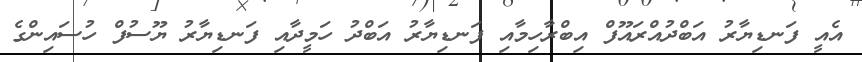
އެއީ ފަނޑިޔާރު އަބްދުއްރައޫފް އިބްރާހިމާއި ފަނޑިޔާރު އަބްދު ހަމީދާއި ފަނޑިޔާރު ޔޫސުފް ހުސައިންގެ